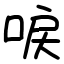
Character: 唳